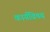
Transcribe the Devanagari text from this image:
कार्यविषय